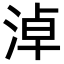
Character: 淖